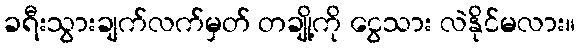
ခရီးသွားချက်လက်မှတ် တချို့ကို ငွေသား လဲနိုင်မလား။